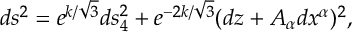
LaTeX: d s ^ { 2 } = e ^ { k / \sqrt { 3 } } d s _ { 4 } ^ { 2 } + e ^ { - 2 k / \sqrt { 3 } } ( d z + { \cal A } _ { \alpha } d x ^ { \alpha } ) ^ { 2 } ,